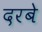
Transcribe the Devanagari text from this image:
दरबे